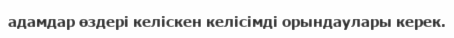
адамдар өздері келіскен келісімді орындаулары керек.